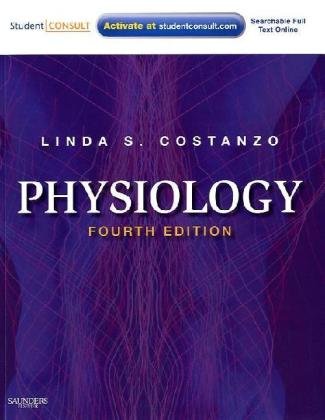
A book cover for Physiology: with STUDENT CONSULT Online Access, 4e (Costanzo Physiology); Linda S. Costanzo PhD; Medical Books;